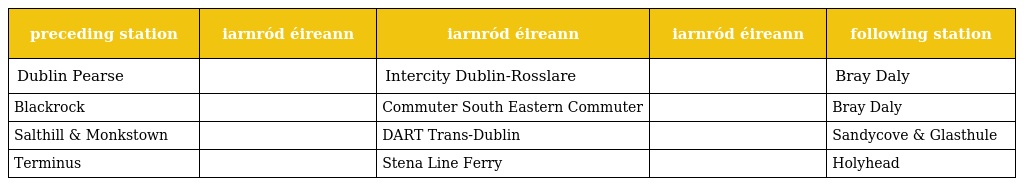
| preceding station | iarnród éireann | iarnród éireann | iarnród éireann | following station |
 | --- | --- | --- | --- | --- |
 | Dublin Pearse |  | Intercity Dublin-Rosslare |  | Bray Daly |
 | Blackrock |  | Commuter South Eastern Commuter |  | Bray Daly |
 | Salthill & Monkstown |  | DART Trans-Dublin |  | Sandycove & Glasthule |
 | Terminus |  | Stena Line Ferry |  | Holyhead |